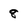
Character: 8